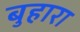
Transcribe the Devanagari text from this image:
बुहारा